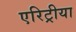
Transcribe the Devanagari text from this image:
एरिट्रीया